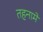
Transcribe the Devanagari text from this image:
तहनामे